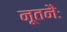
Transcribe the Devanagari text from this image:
नूतनैः